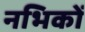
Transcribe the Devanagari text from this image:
नभिकों